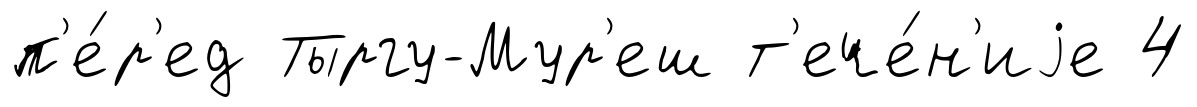
п'е́р'ед Тыргу-Мур'еш т'ече́н'иjе 4